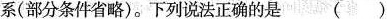
系(部分条件省略)。下列说法正确的是 ( )